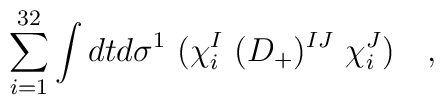
\sum_{i=1}^{32} \int dt d\sigma^1\  (\chi_i^I\ (D_+)^{IJ}\ \chi_i^J )\quad,